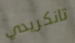
تانكريدي